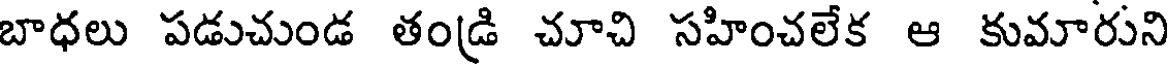
బాధలు పడుచుండ తండ్రి చూచి సహించలేక ఆ కుమారుని